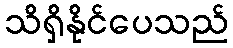
သိရှိနိုင်ပေသည်